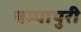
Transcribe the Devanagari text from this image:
चम्‍पापुरी